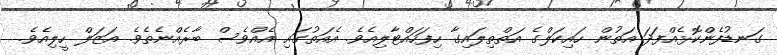
ގަނޑުފެންކޮޅެއްފަދަ އަތުން ހައިކަލްގެ އަތްތިލައިގާ ހިފަހައްޓާލިއެވެ. އެއަތުގައި އެއްވެސް ބާރެއްނެތެވެ. އަޒަލް ހީލިއެވެ.